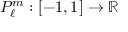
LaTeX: P _ { \ell } ^ { m } : [ - 1 , 1 ] \to \mathbb { R }